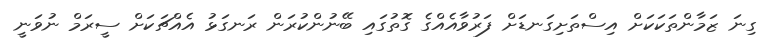
ގިނަ ޒަމާންތަކަކަށް އިސްތަށިގަނޑަށް ފަރުވާއެއްގެ ގޮތުގައި ބޭނުންކުރަން ރަނގަޅު އެއްޗަކަށް ސީރަމް ނުވަނީ